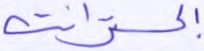
إكسترانت